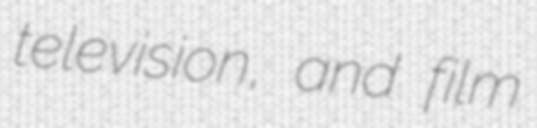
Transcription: television, and film